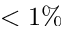
< 1 \%